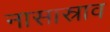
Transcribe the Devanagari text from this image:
नासास्राव